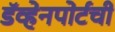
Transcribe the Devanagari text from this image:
डॅव्हेनपोर्टची